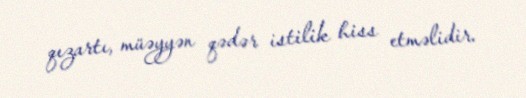
qızartı, müəyyən qədər istilik hiss etməlidir.